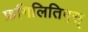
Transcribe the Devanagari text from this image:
फ्रगिलितिएस्